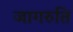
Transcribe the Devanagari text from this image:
जागरुति